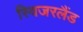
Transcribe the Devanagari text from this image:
स्विजरलैंड